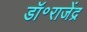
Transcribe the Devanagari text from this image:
डॉ॰राजेंद्र